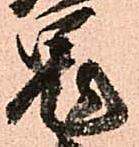
鬼